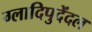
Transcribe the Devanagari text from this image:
ग्लादिपुदेंदल